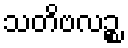
သတိဗလဉ္စ